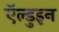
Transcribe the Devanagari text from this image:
ऍल्डुइन